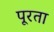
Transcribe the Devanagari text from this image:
पूरता